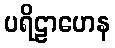
ပရိဠာဟေန